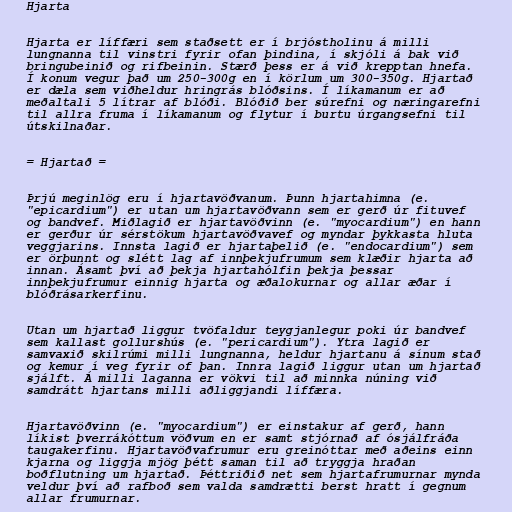
Hjarta

Hjarta er líffæri sem staðsett er í brjóstholinu á milli
lungnanna til vinstri fyrir ofan þindina, í skjóli á bak við
bringubeinið og rifbeinin. Stærð þess er á við krepptan hnefa.
Í konum vegur það um 250-300g en í körlum um 300-350g. Hjartað
er dæla sem viðheldur hringrás blóðsins. Í líkamanum er að
meðaltali 5 lítrar af blóði. Blóðið ber súrefni og næringarefni
til allra fruma í líkamanum og flytur í burtu úrgangsefni til
útskilnaðar.

= Hjartað =

Þrjú meginlög eru í hjartavöðvanum. Þunn hjartahimna (e.
"epicardium") er utan um hjartavöðvann sem er gerð úr fituvef
og bandvef. Miðlagið er hjartavöðvinn (e. "myocardium") en hann
er gerður úr sérstökum hjartavöðvavef og myndar þykkasta hluta
veggjarins. Innsta lagið er hjartaþelið (e. "endocardium") sem
er örþunnt og slétt lag af innþekjufrumum sem klæðir hjarta að
innan. Ásamt því að þekja hjartahólfin þekja þessar
innþekjufrumur einnig hjarta og æðalokurnar og allar æðar í
blóðrásarkerfinu.

Utan um hjartað liggur tvöfaldur teygjanlegur poki úr bandvef
sem kallast gollurshús (e. "pericardium"). Ytra lagið er
samvaxið skilrúmi milli lungnanna, heldur hjartanu á sínum stað
og kemur í veg fyrir of þan. Innra lagið liggur utan um hjartað
sjálft. Á milli laganna er vökvi til að minnka núning við
samdrátt hjartans milli aðliggjandi líffæra.

Hjartavöðvinn (e. "myocardium") er einstakur af gerð, hann
líkist þverrákóttum vöðvum en er samt stjórnað af ósjálfráða
taugakerfinu. Hjartavöðvafrumur eru greinóttar með aðeins einn
kjarna og liggja mjög þétt saman til að tryggja hraðan
boðflutning um hjartað. Þéttriðið net sem hjartafrumurnar mynda
veldur því að rafboð sem valda samdrætti berst hratt í gegnum
allar frumurnar.